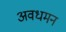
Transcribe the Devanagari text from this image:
अवधमन